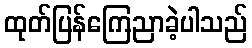
ထုတ်ပြန်ကြေညာခဲ့ပါသည်